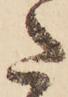
た